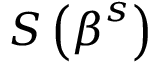
S \left( { \boldsymbol { \beta } } ^ { s } \right)